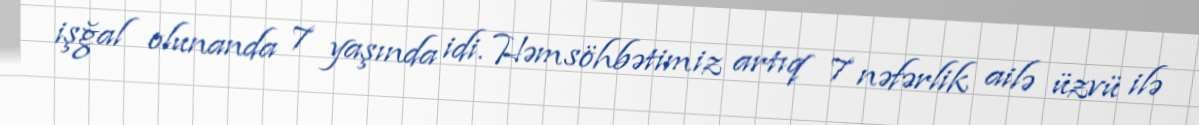
işğal olunanda 7 yaşında idi. Həmsöhbətimiz artıq 7 nəfərlik ailə üzvü ilə